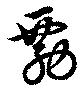
勡